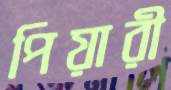
পিয়ারী